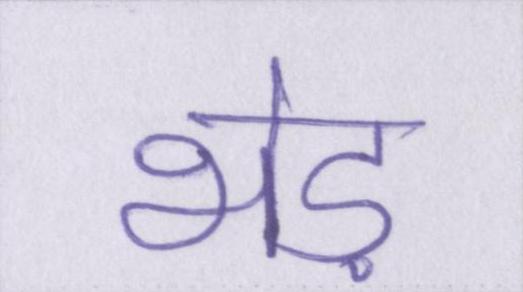
भेड़